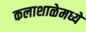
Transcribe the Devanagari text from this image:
कलाशाळेमध्ये